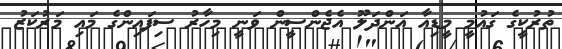
ތުރުކީގެ ގައުމީ މީޑިއާ އަންދަލޫ އެޖެންސީން ވަނީ މިހާރު ސިފައިންގެ މައި މަރުކަޒު